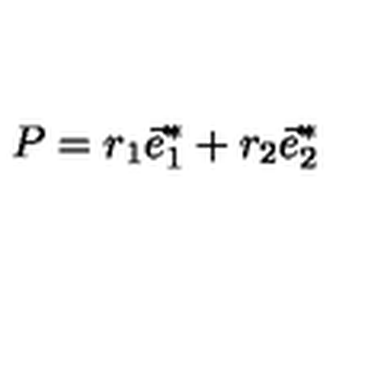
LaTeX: P = r _ { 1 } \vec { e } _ { 1 } ^ { * } + r _ { 2 } \vec { e } _ { 2 } ^ { * }